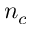
n _ { c }